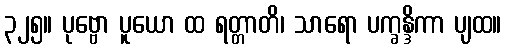
၃၂၅။ ပုဗ္ဗော ပူယော ထ ရတ္တာတိ၊ သာရော ပက္ခန္ဒိကာ ပျထ။